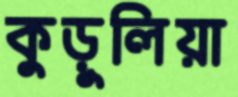
কুড়ুলিয়া